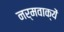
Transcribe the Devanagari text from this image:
नर्मवाक्यें